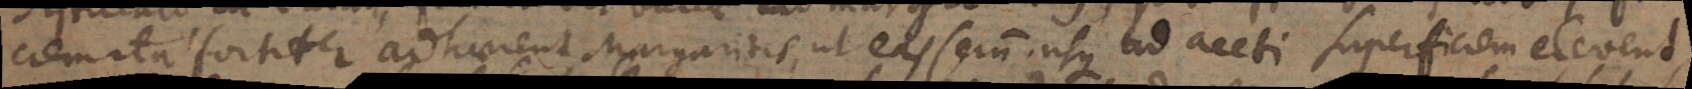
ciem ita fortiter adhaerent Margaritas, ut eas serum usque ad aceti superficiem elevent,